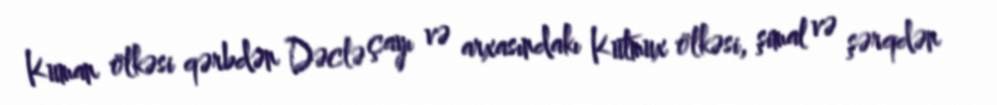
Kuman ölkəsi qərbdən Dəclə çayı və arxasındakı Kutmux ölkəsi, şimal və şərqdən